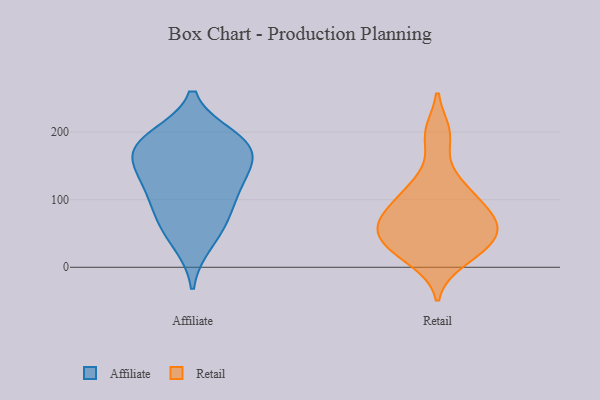
{"axis": {"x": "Satisfaction Score", "y": "Value"}, "legend": ["Affiliate", "Retail"], "data": [{"x": "", "y": 166, "type": "Affiliate"}, {"x": "", "y": 133, "type": "Affiliate"}, {"x": "", "y": 70, "type": "Affiliate"}, {"x": "", "y": 191, "type": "Affiliate"}, {"x": "", "y": 125, "type": "Affiliate"}, {"x": "", "y": 177, "type": "Affiliate"}, {"x": "", "y": 185, "type": "Affiliate"}, {"x": "", "y": 173, "type": "Affiliate"}, {"x": "", "y": 113, "type": "Affiliate"}, {"x": "", "y": 76, "type": "Affiliate"}, {"x": "", "y": 37, "type": "Affiliate"}, {"x": "", "y": 63, "type": "Retail"}, {"x": "", "y": 95, "type": "Retail"}, {"x": "", "y": 24, "type": "Retail"}, {"x": "", "y": 55, "type": "Retail"}, {"x": "", "y": 57, "type": "Retail"}, {"x": "", "y": 123, "type": "Retail"}, {"x": "", "y": 195, "type": "Retail"}, {"x": "", "y": 103, "type": "Retail"}, {"x": "", "y": 36, "type": "Retail"}, {"x": "", "y": 198, "type": "Retail"}, {"x": "", "y": 10, "type": "Retail"}, {"x": "", "y": 83, "type": "Retail"}, {"x": "", "y": 19, "type": "Retail"}, {"x": "", "y": 35, "type": "Retail"}, {"x": "", "y": 70, "type": "Retail"}, {"x": "", "y": 73, "type": "Retail"}, {"x": "", "y": 125, "type": "Retail"}, {"x": "", "y": 49, "type": "Retail"}]}